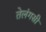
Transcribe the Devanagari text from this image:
तेलंगसी